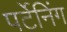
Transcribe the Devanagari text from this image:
पर्टेनिंग